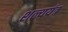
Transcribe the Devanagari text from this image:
शल्ययंत्र